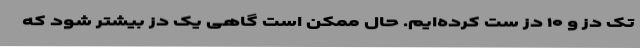
تک دُز و ۱۰ دُز ست کرده‌ایم. حال ممکن است گاهی یک دُز بیشتر شود که